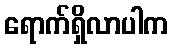
ရောက်ရှိလာပါက